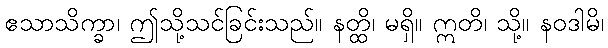
ဧသာသိက္ခာ၊ ဤသို့သင်ခြင်းသည်။ နတ္ထိ၊ မရှိ။ ဣတိ၊ သို့။ နဝဒါမိ၊